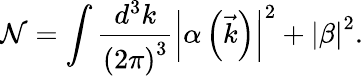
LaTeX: \mathcal{N}=\int\frac{d^{3}k}{\left(2\pi\right)^{3}}\left|\alpha\left(\vec{k}\right)\right|^{2}+\left|\beta\right|^{2}.